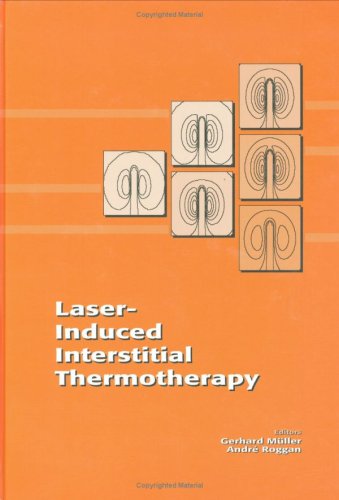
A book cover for Laser-Induced Interstitial Thermotherapy (SPIE Press Monograph Vol. PM25) (Institute Series, Is13); Gerhard Muller; Medical Books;